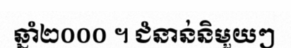
ឆ្នាំ២០០០ ។ ជំនាន់និមួយៗ